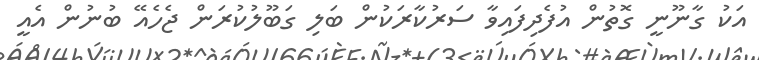
އަކު ގާނޫނީ ގޮތުން އުފެދިފައިވާ ސަރުކާރަކުން ބަލި ގަބޫލުކުރަން ޖެހެއޭ ބުނުން އެއީ